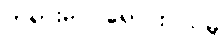
တရားမဝင်ရောင်းဝယ်မှု